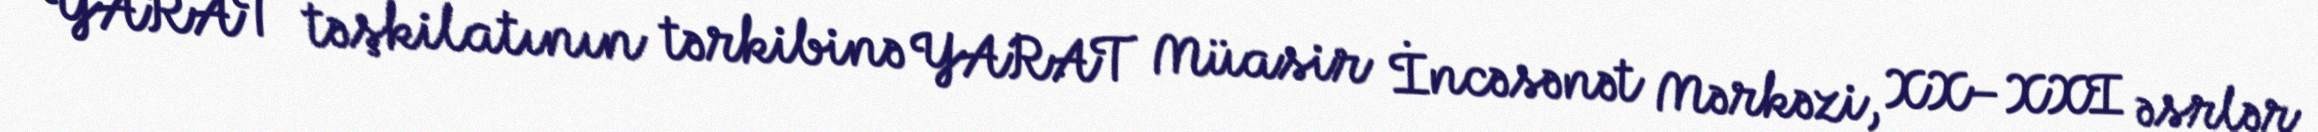
YARAT təşkilatının tərkibinə YARAT Müasir İncəsənət Mərkəzi, XX–XXI əsrlər